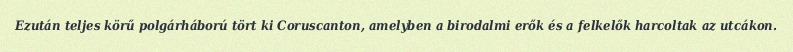
Ezután teljes körű polgárháború tört ki Coruscanton, amelyben a birodalmi erők és a felkelők harcoltak az utcákon.